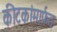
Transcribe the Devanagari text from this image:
कीटकांमार्फत